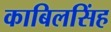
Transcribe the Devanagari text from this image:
काबिलसिंह